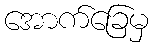
အောက်ခြေမှ